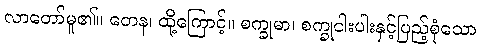
လာတော်မူ၏။ တေန၊ ထို့ကြောင့်။ စက္ခုမာ၊ စက္ခုငါးပါးနှင့်ပြည့်စုံသော